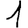
Digit: 1